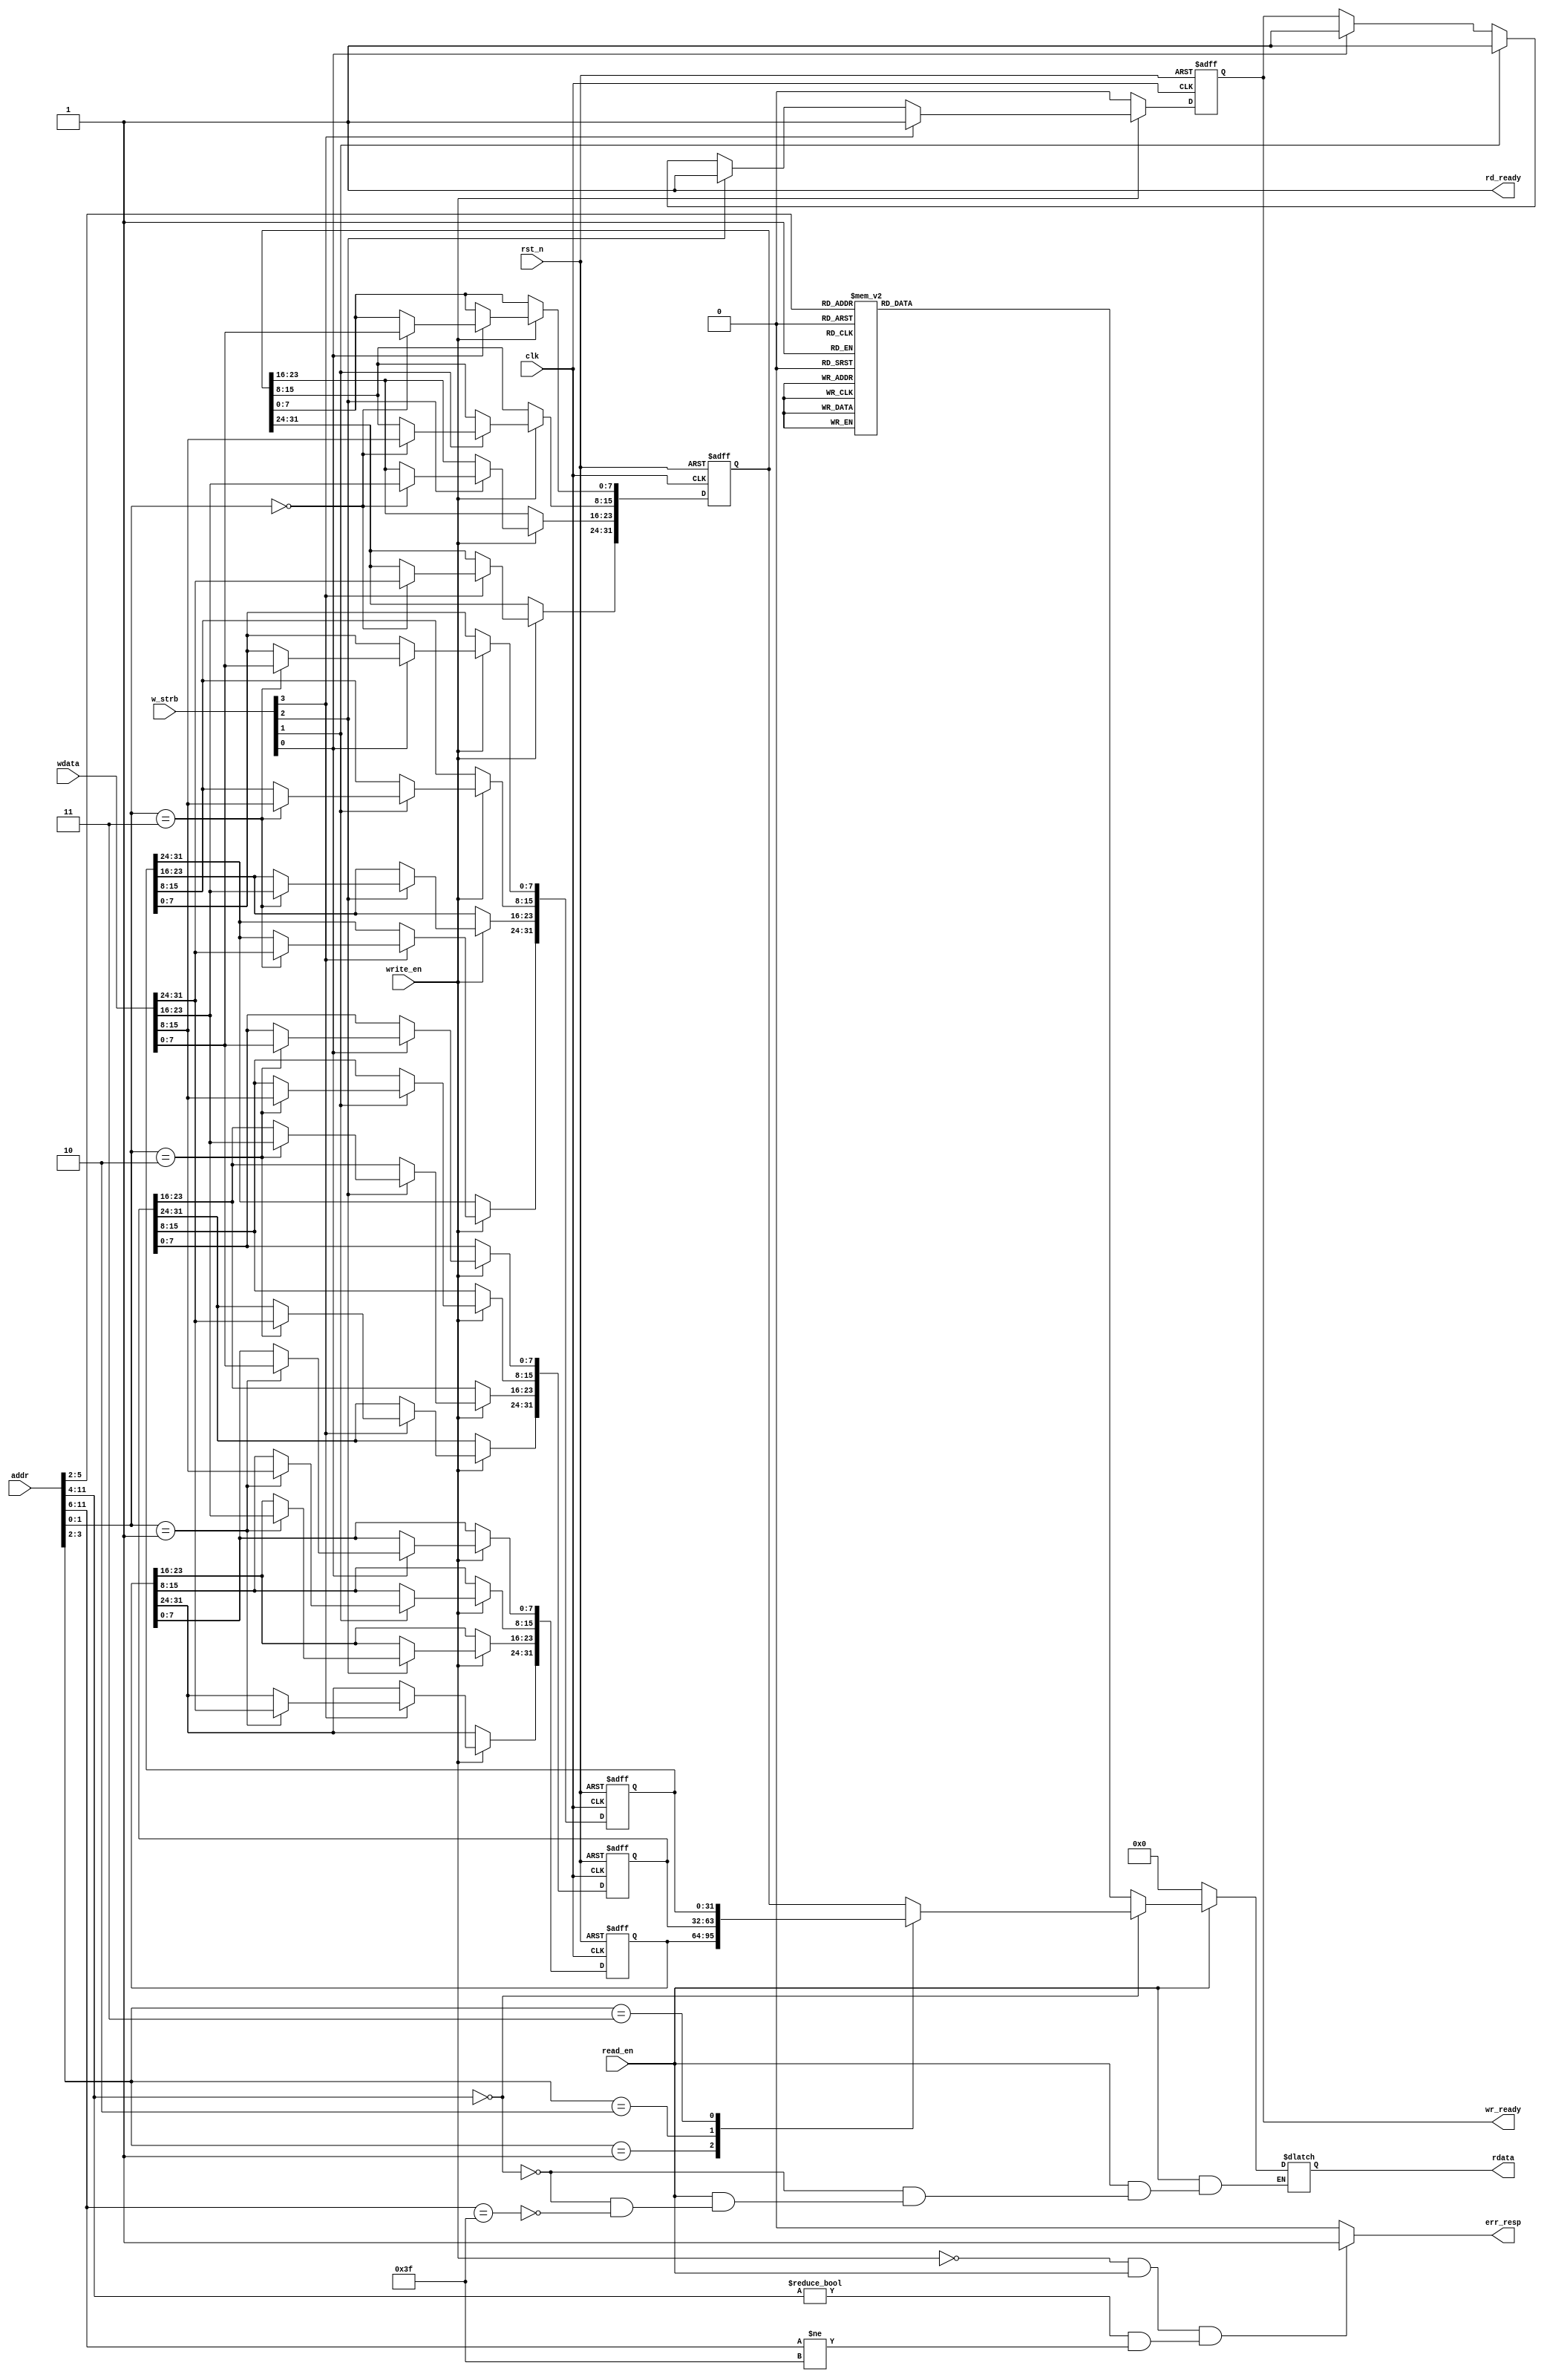
module apb4_slave_example_reg(
    input                               clk,                             
    input                               rst_n,                            

    //
    input   wire    [31:0]              wdata,
    input   wire    [11:0]              addr,
    input                               read_en,
    input                               write_en,
    output  reg     [31:0]              rdata,

    input   wire    [3:0]               w_strb,
    output  wire                        rd_ready,
    output  reg                         wr_ready,
    output                              err_resp
);
    //RW
    //4
    //RO
    //16
   
    //4
    reg     [31:0]                      data_0123[3:0];

    //2 
    //[11:4]0,0, , [3:2] 
    //[11:6]1,1, , [5:2]   
    //
    localparam  a0 = 32'h0000_0000;
    localparam  a1 = 32'h0000_003f;
    localparam  a2 = 32'h0000_002d;
    localparam  a3 = 32'h0000_12ff;
    localparam  a4 = 32'h0000_001e;
    localparam  a5 = 32'h0000_0034;
    localparam  a6 = 32'h0000_12ee;
    localparam  a7 = 32'h0000_34ff;
    localparam  a8 = 32'h0000_000f; 
    localparam  a9 = 32'h0000_0012;
    localparam  a10= 32'h1111_000e;
    localparam  a11= 32'h1111_000a;
    localparam  a12= 32'h1111_0011;
    localparam  a13= 32'h1111_0001;
    localparam  a14= 32'h1111_0bbb;
    localparam  a15= 32'h1111_0aaa;

    //
    always @(posedge clk or negedge rst_n) begin
        if(!rst_n) begin  
            data_0123[0] <= 32'b0;
            data_0123[1] <= 32'b0;
            data_0123[2] <= 32'b0;
            data_0123[3] <= 32'b0;
            wr_ready <= 1'b0;
        end

        else if(write_en) begin
            if(w_strb[0]) begin 
                data_0123[addr[1:0]] [7:0] <= wdata[7:0];
                wr_ready <= 1'b1;
            end

            if(w_strb[1]) begin 
                data_0123[addr[1:0]] [15:8] <= wdata[15:8];
                wr_ready <= 1'b1;
            end

            if(w_strb[2]) begin
                data_0123[addr[1:0]] [23:16] <= wdata[23:16];
                wr_ready <= 1'b1;
            end

            if(w_strb[3]) begin
                data_0123[addr[1:0]] [31:24] <= wdata[31:24];
                wr_ready <= 1'b1;
            end
        end

        else begin
            wr_ready <= 1'b0;
        end
    end
    
    //
    assign rd_ready = 1;
    always @(read_en or addr or data_0123[0] or data_0123[1] or data_0123[2] or data_0123[3]) begin
        if(read_en) begin
            if(addr[11:4]==8'b0) begin
                case (addr[3:2])                
                    2'b00:#3 rdata = data_0123[0];
                    2'b01:#3 rdata = data_0123[1];
                    2'b10:#3 rdata = data_0123[2];
                    2'b11:#3 rdata = data_0123[3];
                    default: rdata = 0;
                endcase
            end
            else if(addr[11:6]==6'b111111) begin
                case (addr[5:2])
                    4'b0000:#3 rdata = a0;
                    4'b0001:#3 rdata = a1;
                    4'b0010:#3 rdata = a2;
                    4'b0011:#3 rdata = a3;
                    4'b0100:#3 rdata = a4;
                    4'b0101:#3 rdata = a5;
                    4'b0110:#3 rdata = a6;
                    4'b0111:#3 rdata = a7;
                    4'b1000:#3 rdata = a8;
                    4'b1001:#3 rdata = a9;
                    4'b1010:#3 rdata = a10;
                    4'b1011:#3 rdata = a11;
                    4'b1100:#3 rdata = a12;
                    4'b1101:#3 rdata = a13;
                    4'b1110:#3 rdata = a14;
                    4'b1111:#3 rdata = a15;
                endcase
            end
        end

        else begin
            rdata = 0;
        end
    end

    //
    //
    assign err_resp = (!write_en && read_en) && ( addr[11:4]!=8'h0 && addr[11:6]!=6'b111111) ? 1 : 0;

endmodule